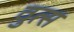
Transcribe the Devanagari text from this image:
वुत्स